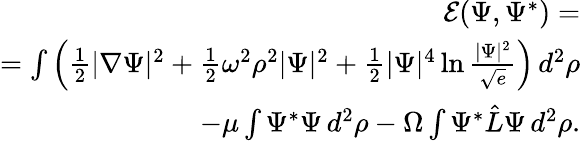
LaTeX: \begin{array}{r}{{\cal E}(\Psi,\Psi^{*})=}\\ {=\int\left(\frac{1}{2}|\nabla\Psi|^{2}+\frac 12\omega^{2}\rho^{2}|\Psi|^{2}+\frac 12|\Psi|^{4}\ln\frac{|\Psi|^{2}}{\sqrt{e}}\right)\, d^{2}\rho}\\ {-\mu\int\Psi^{*}\Psi\, d^{2}\rho-\Omega\int\Psi^{*}{\hat{L}}\Psi\, d^{2}\rho.}\end{array}